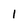
Character: 1